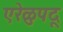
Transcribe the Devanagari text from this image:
एरेळुपदू